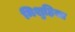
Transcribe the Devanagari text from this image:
मिशुहिसा